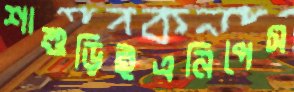
শাশুড়িইএনিপেস